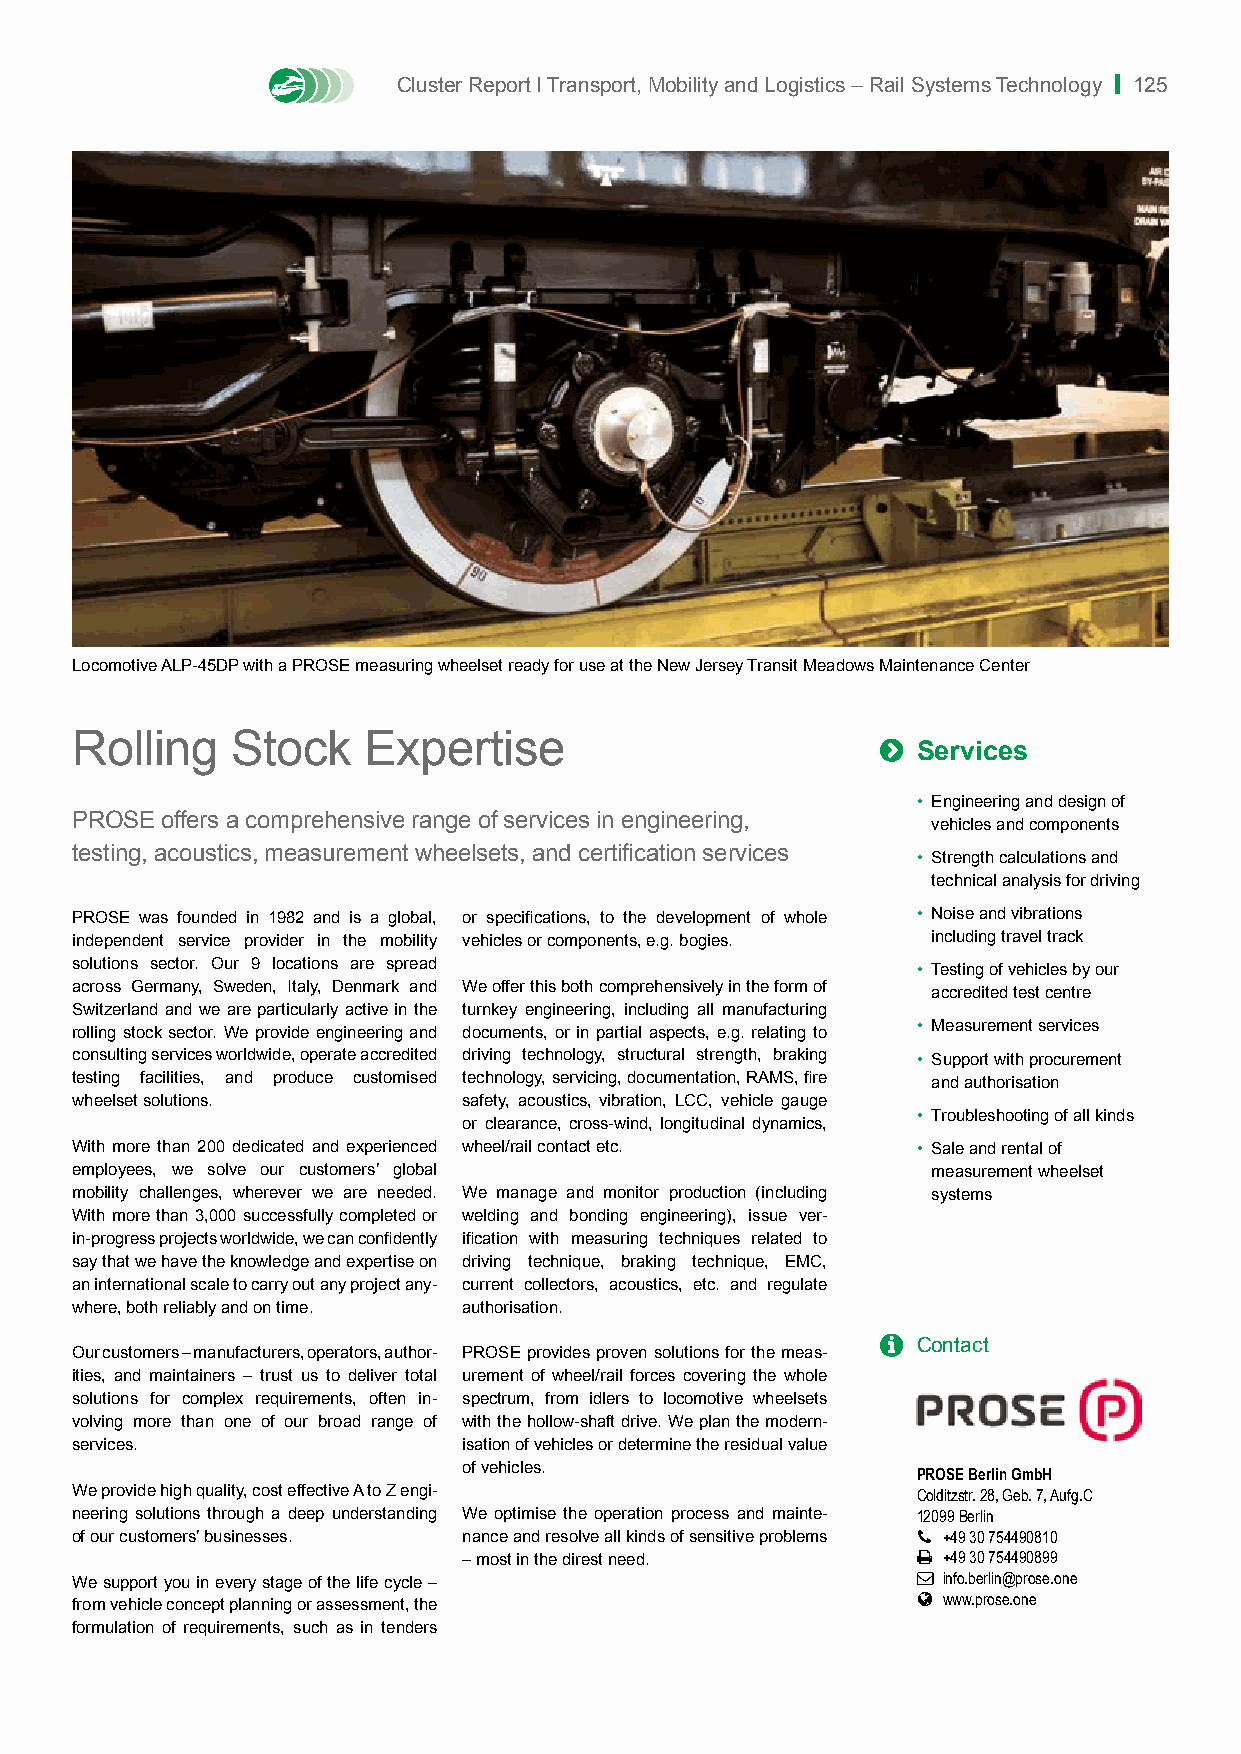
Cluster Report I Transport, Mobility and Logistics – Rail Systems Technology | 125
 Locomotive ALP-45DP with a PROSE measuring wheelset ready for use at the New Jersey Transit Meadows Maintenance Center
 Rolling   Stock    Expertise                         
 Services
 • Engineering and design of
 PROSE offers a comprehensive range of services in engineering,
 vehicles and components
 testing, acoustics, measurement wheelsets, and certification services
 • Strength calculations and
 technical analysis for driving
 PROSE was founded in 1982 and is a global, or specifications, to the development of whole • Noise and vibrations
 independent service provider in the mobility vehicles or components, e.g. bogies. including travel track
 solutions sector. Our 9 locations are spread
 • Testing of vehicles by our
 across Germany, Sweden, Italy, Denmark and We offer this both comprehensively in the form of
 accredited test centre
 Switzerland and we are particularly active in the turnkey engineering, including all manufacturing
 rolling stock sector. We provide engineering and documents, or in partial aspects, e.g. relating to • Measurement services
 consulting services worldwide, operate accredited driving technology, structural strength, braking • Support with procurement
 testing facilities, and produce customised technology, servicing, documentation, RAMS, fire and authorisation
 wheelset solutions.       safety, acoustics, vibration, LCC, vehicle gauge
 • Troubleshooting of all kinds
 or clearance, cross-wind, longitudinal dynamics,
 With more than 200 dedicated and experienced wheel/rail contact etc. • Sale and rental of
 employees, we solve our customers’ global                measurement wheelset
 mobility challenges, wherever we are needed. We manage and monitor production (including systems
 With more than 3,000 successfully completed or welding and bonding engineering), issue ver-
 in-progress projects worldwide, we can confidently ification with measuring techniques related to
 say that we have the knowledge and expertise on driving technique, braking technique, EMC,
 an international scale to carry out any project any- current collectors, acoustics, etc. and regulate
 where, both reliably and on time. authorisation.
   Contact
 Our customers – manufacturers, operators, author- PROSE provides proven solutions for the meas-
 ities, and maintainers – trust us to deliver total urement of wheel/rail forces covering the whole
 solutions for complex requirements, often in- spectrum, from idlers to locomotive wheelsets
 volving more than one of our broad range of with the hollow-shaft drive. We plan the modern-
 services.                 isation of vehicles or determine the residual value
 of vehicles.                  PROSE Berlin GmbH
 We provide high quality, cost effective A to Z engi-    Colditzstr. 28, Geb. 7, Aufg.C
 neering solutions through a deep understanding We optimise the operation process and mainte- 12099 Berlin
 of our customers’ businesses. nance and resolve all kinds of sensitive problems  +49 30 754490810
 – most in the direst need.     +49 30 754490899
 We support you in every stage of the life cycle –        info.berlin@prose.one
  www.prose.one
 from vehicle concept planning or assessment, the
 formulation of requirements, such as in tenders